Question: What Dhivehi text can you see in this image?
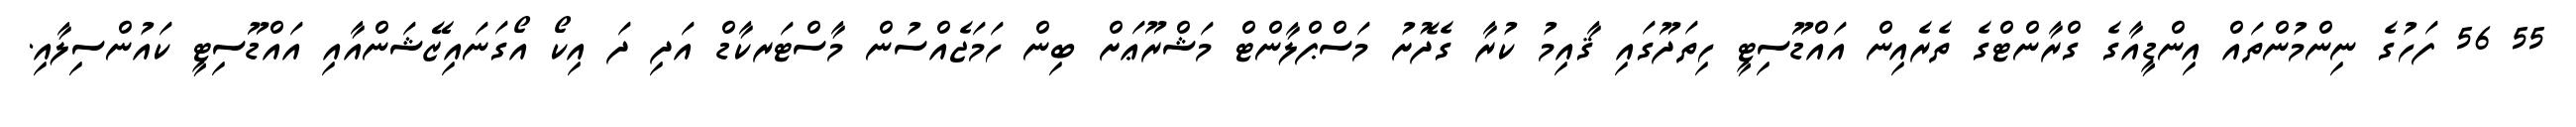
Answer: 55 56 ފަހުގެ ނިންމުންތައް އިންޑީއާގެ ގްރާންޓްގެ ތެރެއިން އައްޑޫސިޓީ ހިތަދޫގައި ޤާއިމު ކުރާ ގެދޮށު މަސްޕްލާންޓް މަޝްރޫޢަށް ބިން ހަމަޖެއްސުން މާސްޓަރކާޑް އަދި ދަ އިކޯ އޯގަނައިޒޭޝަންއާއި އައްޑޫސިޓީ ކައުންސިލާއި.